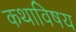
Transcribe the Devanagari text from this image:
कथाविषय